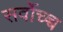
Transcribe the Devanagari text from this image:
सर्वोच्च्च